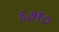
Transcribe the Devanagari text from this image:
६७१०